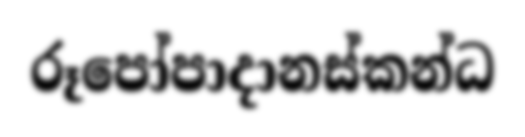
රූපෝපාදානස්කන්ධ